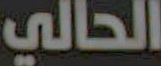
الحالي